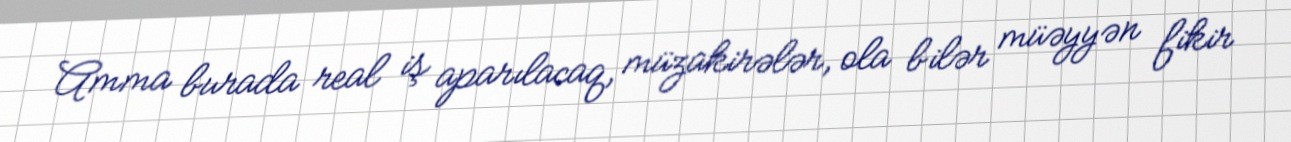
Amma burada real iş aparılacaq, müzakirələr, ola bilər müəyyən fikir